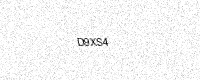
Text: D9XS4